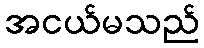
အငယ်မသည်